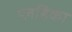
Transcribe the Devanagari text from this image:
प्लहिका